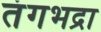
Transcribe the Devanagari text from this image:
तंगभद्रा